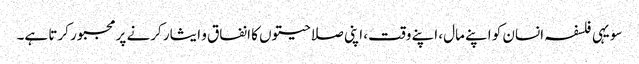
سو یہی فلسفہ انسان کو اپنے مال، اپنے وقت، اپنی صلاحیتوں کا انفاق و ایثار کرنے پر مجبور کرتا ہے۔